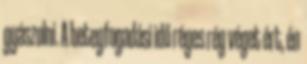
gyászolni. A betegfogadási idő réges rég véget ért, én